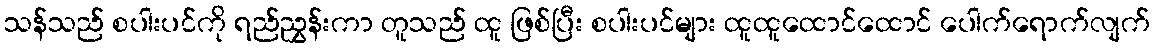
သန်သည် စပါးပင်ကို ရည်ညွှန်းကာ တူသည် ထူ ဖြစ်ပြီး စပါးပင်များ ထူထူထောင်ထောင် ပေါက်ရောက်လျက်